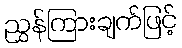
ညွှန်ကြားချက်ဖြင့်